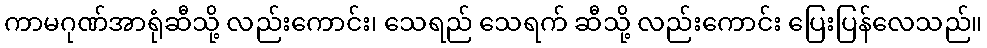
ကာမဂုဏ်အာရုံဆီသို့ လည်းကောင်း၊ သေရည် သေရက် ဆီသို့ လည်းကောင်း ပြေးပြန်လေသည်။